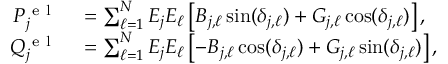
\begin{array} { r l } { P _ { j } ^ { \mathrm { ~ e ~ l ~ } } } & { { } = \sum _ { \ell = 1 } ^ { N } E _ { j } E _ { \ell } \left[ B _ { j , \ell } \sin ( \delta _ { j , \ell } ) + G _ { j , \ell } \cos ( \delta _ { j , \ell } ) \right] , } \\ { Q _ { j } ^ { \mathrm { ~ e ~ l ~ } } } & { { } = \sum _ { \ell = 1 } ^ { N } E _ { j } E _ { \ell } \left[ - B _ { j , \ell } \cos ( \delta _ { j , \ell } ) + G _ { j , \ell } \sin ( \delta _ { j , \ell } ) \right] , } \end{array}